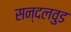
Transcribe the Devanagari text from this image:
सन्दलवुड